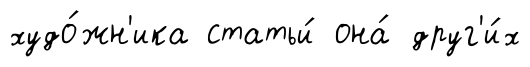
худо́жн'ика статьи́ она́ друг'и́х